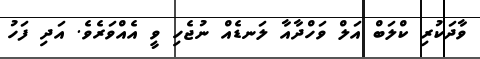
ވާދަކުރި ކްލަބް އަލް ވަހްދާއާ ލަނޑެއް ނުޖެހި ވީ އެއްވަރެވެ. އަދި ފަހު